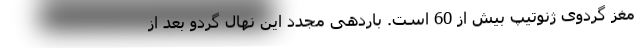
مغز گردوی ژنوتیپ بیش از 60 است. باردهی مجدد این نهال گردو بعد از